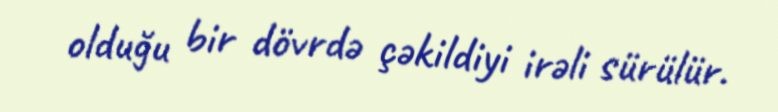
olduğu bir dövrdə çəkildiyi irəli sürülür.